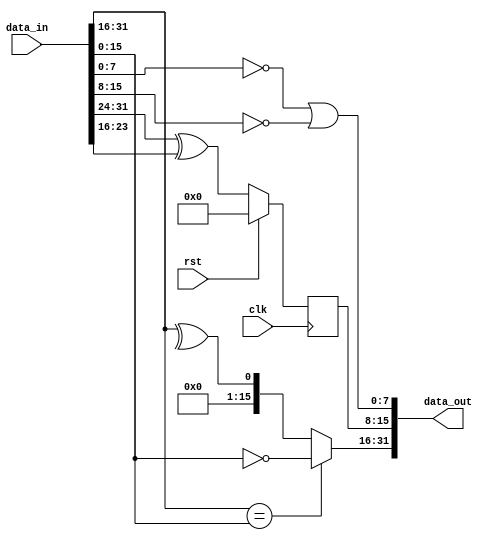
module invertion
#(parameter WIDTH=32) 
(
input clk,
input rst,
input [WIDTH-1:0] data_in,
output [WIDTH-1:0] data_out);

reg [7:0] data_out_reg;
wire [7:0] data_out_wire;

assign data_out_wire[7:0] = ((~data_in[7:0]) | (~data_in[15:8]));

always@(posedge clk)
begin
if (rst)
begin 
data_out_reg[7:0]<=0;
end
else 
begin 
data_out_reg[7:0]<= data_in[31:24] ^ data_in[23:16];

end
end

assign data_out[31:16] = (data_in[31:16] == data_in[15:0])? ~data_in[15:0]: ^data_in[31:16];

assign data_out[15:0] = {data_out_reg,data_out_wire};


endmodule